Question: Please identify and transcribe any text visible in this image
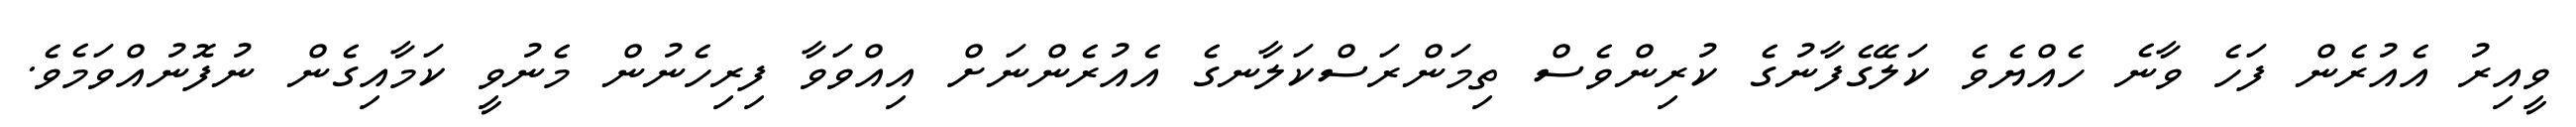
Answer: ވީއިރު އެއުރެން ފަހެ ވާނެ ހެއްޔެވެ ކަލޭގެފާނުގެ ކުރިންވެސް ތިމަންރަސްކަލާނގެ އެއުރެންނަށް އިއްވަވާ ފިރިހެނުން މެނުވީ ކަމާއިގެން ނުފޮނުއްވަމެވެ.